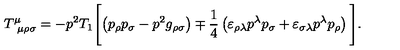
T _ { \ \mu \rho \sigma } ^ { \mu } = - p ^ { 2 } T _ { 1 } \Biggl [ \left( p _ { \rho } p _ { \sigma } - p ^ { 2 } g _ { \rho \sigma } \right) \mp \frac { 1 } { 4 } \left( \varepsilon _ { \rho \lambda } p ^ { \lambda } p _ { \sigma } + \varepsilon _ { \sigma \lambda } p ^ { \lambda } p _ { \rho } \right) \Biggl ] .